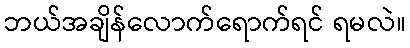
ဘယ်အချိန်လောက်ရောက်ရင် ရမလဲ။